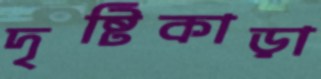
দৃষ্টিকাড়া